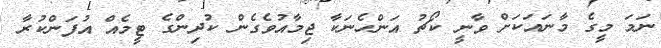
ނަމަ މީގެ މާނައަކަށް ވާނީ ކޯޗު އަންހެނަކާ ޖިމާއުވެގެން ކުދިންގެ ޓީމެއް އުފަންކުރާ